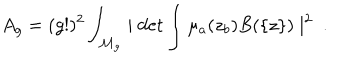
A _ { g } = ( g ! ) ^ { 2 } \int _ { { \cal M } _ { g } } \mid \det \int \mu _ { a } ( z _ { b } ) B ( \{ z \} ) \mid ^ { 2 } \ .